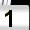
Digit: 1